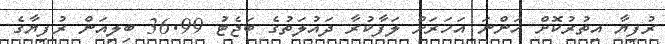
ރުފިޔާ އިތުރުކޮށް އަންނަ އަހަރަށް ލަފާކުރާ ދައުލަތުގެ ބަޖެޓު 36.99 ބިލިއަން ރުފިޔާގެ